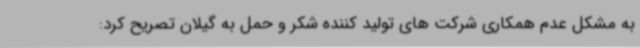
به مشکل عدم همکاری شرکت های تولید کننده شکر و حمل به گیلان تصریح کرد: